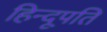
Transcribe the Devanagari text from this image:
हिन्दूपति